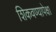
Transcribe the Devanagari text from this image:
शिकवण्यापेक्षा